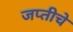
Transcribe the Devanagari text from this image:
जप्तीचे